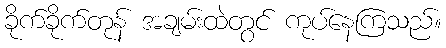
ခိုက်ခိုက်တုန် အချမ်းထဲတွင် ကုပ်နေကြသည်။